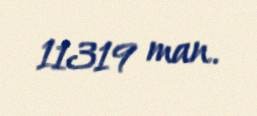
11319 man.